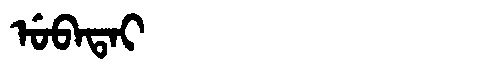
Manchu: ᡠᠪᠠᡨᠠᡳ
Romanization: UBATAI